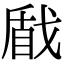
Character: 𢧕